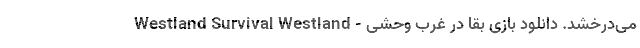
می‌درخشد. دانلود بازی بقا در غرب وحشی - Westland Survival Westland